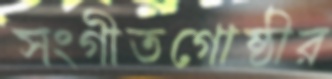
সংগীতগোষ্ঠীর